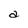
Character: a